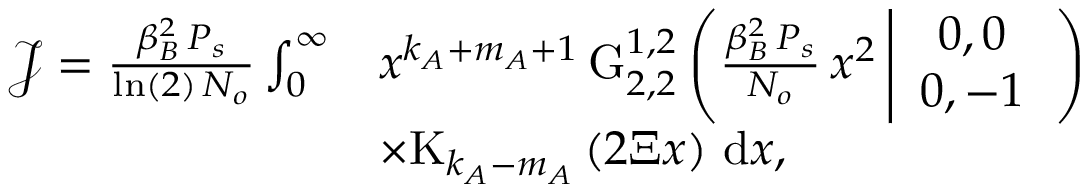
\begin{array} { r l } { \mathcal { J } = \frac { \beta _ { B } ^ { 2 } \, P _ { s } } { \ln ( 2 ) \, N _ { o } } \int _ { 0 } ^ { \infty } } & { x ^ { k _ { A } + m _ { A } + 1 } \, \mathrm { G } _ { 2 , 2 } ^ { 1 , 2 } \left( \frac { \beta _ { B } ^ { 2 } \, P _ { s } } { N _ { o } } \, x ^ { 2 } \left| \begin{array} { c } { 0 , 0 } \\ { 0 , - 1 } \end{array} \right. \right) } \\ & { \times \mathrm { K } _ { k _ { A } - m _ { A } } \left( 2 \Xi x \right) \, \mathrm { d } x , } \end{array}